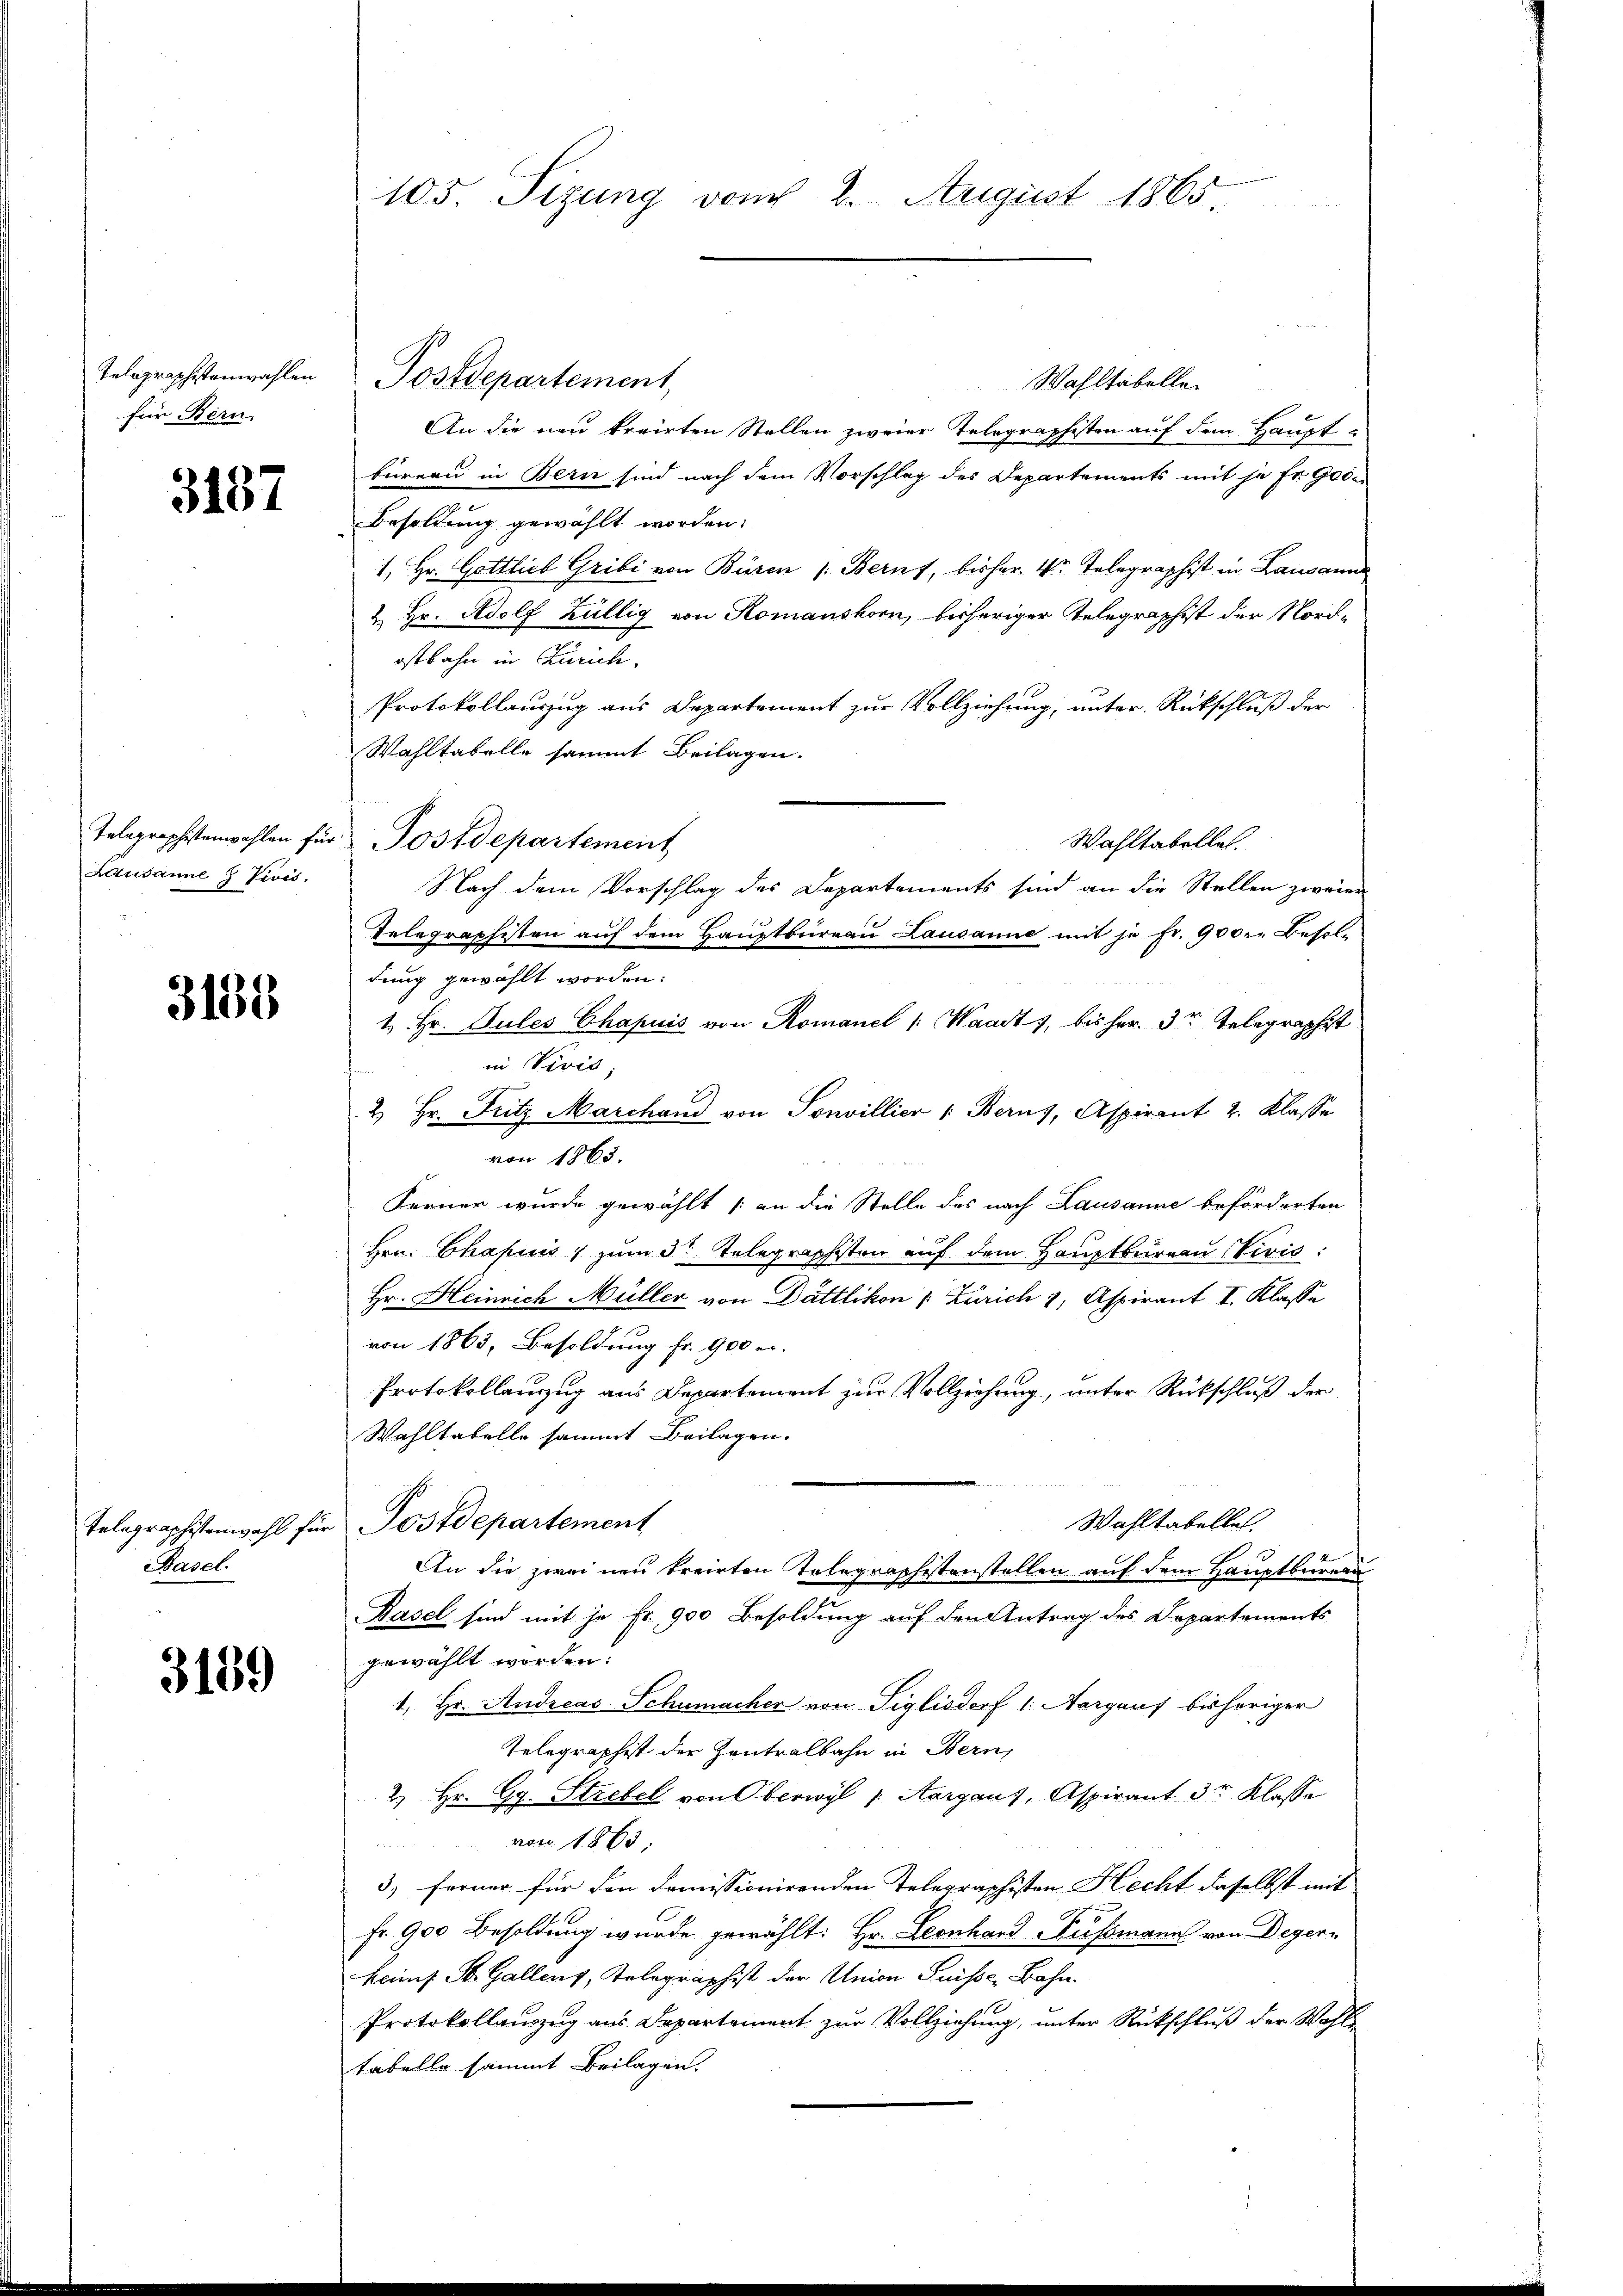
für Bern

3187

Lausanne 8 Vivis.

3138

Basel.

3159

Wahltabelle
An die neu kreirten Stellen zweier Telegraphisten auf dem Hauptbüreau in Bern sind nach dem Vorschlag des Departements mit je fr. 900
Besoldung gewählt worden:
1. Hr. Gottlieb Gribi von Büren (Bern, bisher Vor Telegraphist in Lausann
& Hr. Adolf Züllig von Romanshorn, bisheriger Telegraphist der Nordostbahn in Zürich.
Protokollauszug aus Departement zur Vollziehung, unter Rückschluß der
Wahltabelle sammt Beilagen.
Telegraphistenwahlen für Postdepartement
Wahltabelle.
Nach dem Vorschlag des Departements sind an die Stellen zweier
Telegraphisten auf dem Hauptbureau Lausanne mit je fr. 900 r. Besold
dung gewählt worden:
1. Hr. Pules Chapuis von Romanel /: Waadt, bis her. Dr Telegraphist
in Vivis,
2 Hr. Fritz Marchand von Sonvillier : Berns, Aspirant 2. Klasse
von 1865.
Ferner wurde gewählt (an die Stelle des nach Lausanne beförderten
Hrn. Chapuis zum 3t Telegraphisten auf dem Hauptbureau Vivić:
Hr. Heinrich Müller von Dättlikon (: Zürich 3, Aspirant I. Klasse
von 1863, Besoldung fr. 900 e
Protokollanzug aus Departement zur Vollziehung, unter Rückschluß der
Wahltabelle sammt Beilagen.
Wahltabelle.
Telegraphistenwahl für Postdepartement
An die zwei neu breirten Telegraphistenstellen auf dem Hauptbürgen
Rasel sind mit je Fr. 900 Besoldung auf den Antrag des Departements
gewählt worden:
1. Hr. Andreas Schumacher von Tiglisdorf 1. Aargaus bisheriger
Telegraphist der Zentralbahn in Bern,
2) Hr. Gg. Strebel von Oberwyl p Aargaus, Aspirant 3r Klasse
von 1863.
3. ferner für den domissionirenden Telegraphisten Hecht daselbst mit
Fr. 900 Besoldung wurde gewählt: Hr. Leonhard Fussmann von Degern
keif St. Gallenz, Telegraphist der Union Suisse, Bahn.
Protokollanzug aus Departement zur Vollziehung, unter Rückschluß der Wohl
tabelle sammt Beilagen.

105. Sizung vom 2. August 1865.

Telegraphstenwahlen Postdepartement,